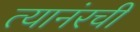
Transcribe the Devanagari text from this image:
त्यानंरची